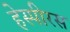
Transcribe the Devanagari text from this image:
हेस्पीरस